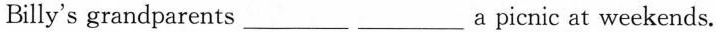
Billy's grandparents ___ ___ a picnic at weekends.